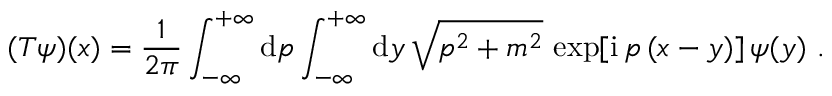
( T \psi ) ( x ) = \frac { 1 } { 2 \pi } \int _ { - \infty } ^ { + \infty } \mathrm { d } p \int _ { - \infty } ^ { + \infty } \mathrm { d } y \, \sqrt { p ^ { 2 } + m ^ { 2 } } \, \exp [ \mathrm { i } \, p \, ( x - y ) ] \, \psi ( y ) \ .